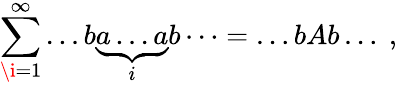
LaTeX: \sum_{\i=1}^{\infty}\dots b\underbrace{a\dots a}_{i}b\dots=\dots bAb\dots\ ,